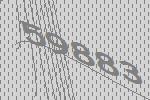
59883